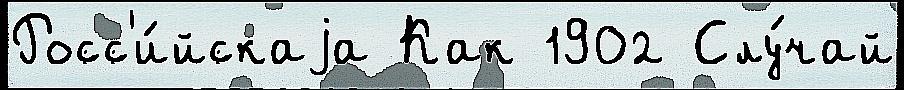
Росс'и́йскаjа Как 1902 Слу́чай